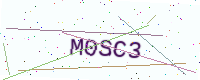
Text: M0SC3